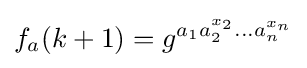
f_{a}(k+1)=g^{a_{1}a_{2}^{x_{2}}\dots a_{n}^{x_{n}}}